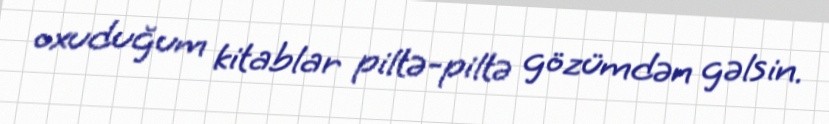
oxuduğum kitablar piltə-piltə gözümdən gəlsin.